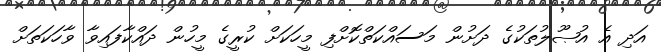
އަދި އެ އުޞޫލުތަކުގެ ދަށުން މަސައްކަތްކޮށްފި މީހަކަށް ކުރީގެ މީހުން ދައްކާފައިވާ ވާހަކަތަށް